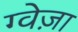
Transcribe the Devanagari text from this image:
ग्वेज़ा